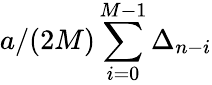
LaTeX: a/(2M)\sum_{i=0}^{M-1}\Delta_{n-i}